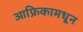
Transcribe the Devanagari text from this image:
आफ्रिकामधून